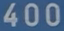
400